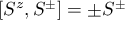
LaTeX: [ S ^ { z } , S ^ { \pm } ] = \pm S ^ { \pm }